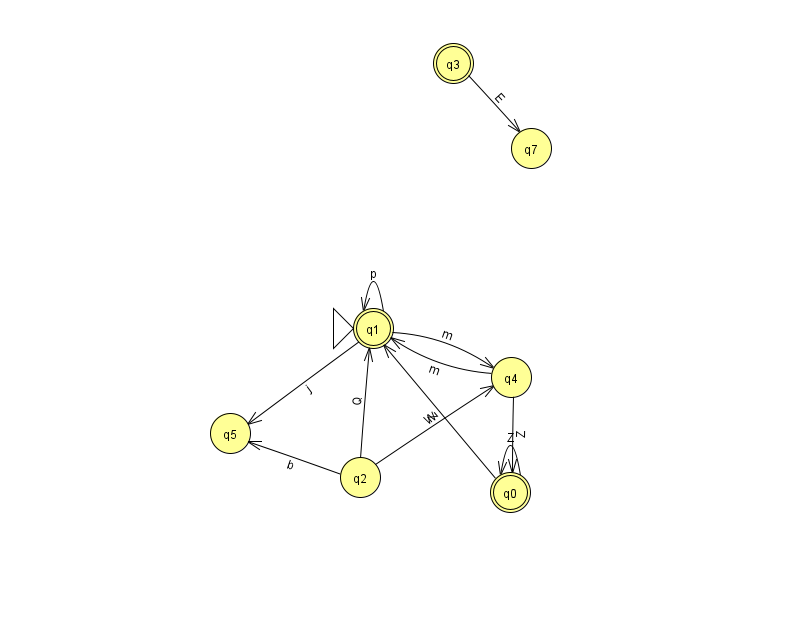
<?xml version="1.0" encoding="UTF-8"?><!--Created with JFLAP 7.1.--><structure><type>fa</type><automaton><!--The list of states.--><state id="0" name="q0"><x>510.0</x><y>479.0</y><final/></state><state id="1" name="q1"><x>373.0</x><y>315.0</y><initial/><final/></state><state id="2" name="q2"><x>360.0</x><y>464.0</y></state><state id="3" name="q3"><x>453.0</x><y>50.0</y><final/></state><state id="4" name="q4"><x>511.0</x><y>364.0</y></state><state id="5" name="q5"><x>230.0</x><y>420.0</y></state><state id="7" name="q7"><x>531.0</x><y>135.0</y></state><!--The list of transitions.--><transition><from>1</from><to>1</to><read>p</read></transition><transition><from>2</from><to>5</to><read>b</read></transition><transition><from>0</from><to>1</to><read>Z</read></transition><transition><from>4</from><to>0</to><read>Z</read></transition><transition><from>1</from><to>5</to><read>j</read></transition><transition><from>0</from><to>0</to><read>Z</read></transition><transition><from>3</from><to>7</to><read>E</read></transition><transition><from>2</from><to>4</to><read>W</read></transition><transition><from>1</from><to>4</to><read>m</read></transition><transition><from>2</from><to>1</to><read>Q</read></transition><transition><from>4</from><to>1</to><read>m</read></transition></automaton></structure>